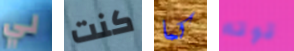
لي كنت كما قوته